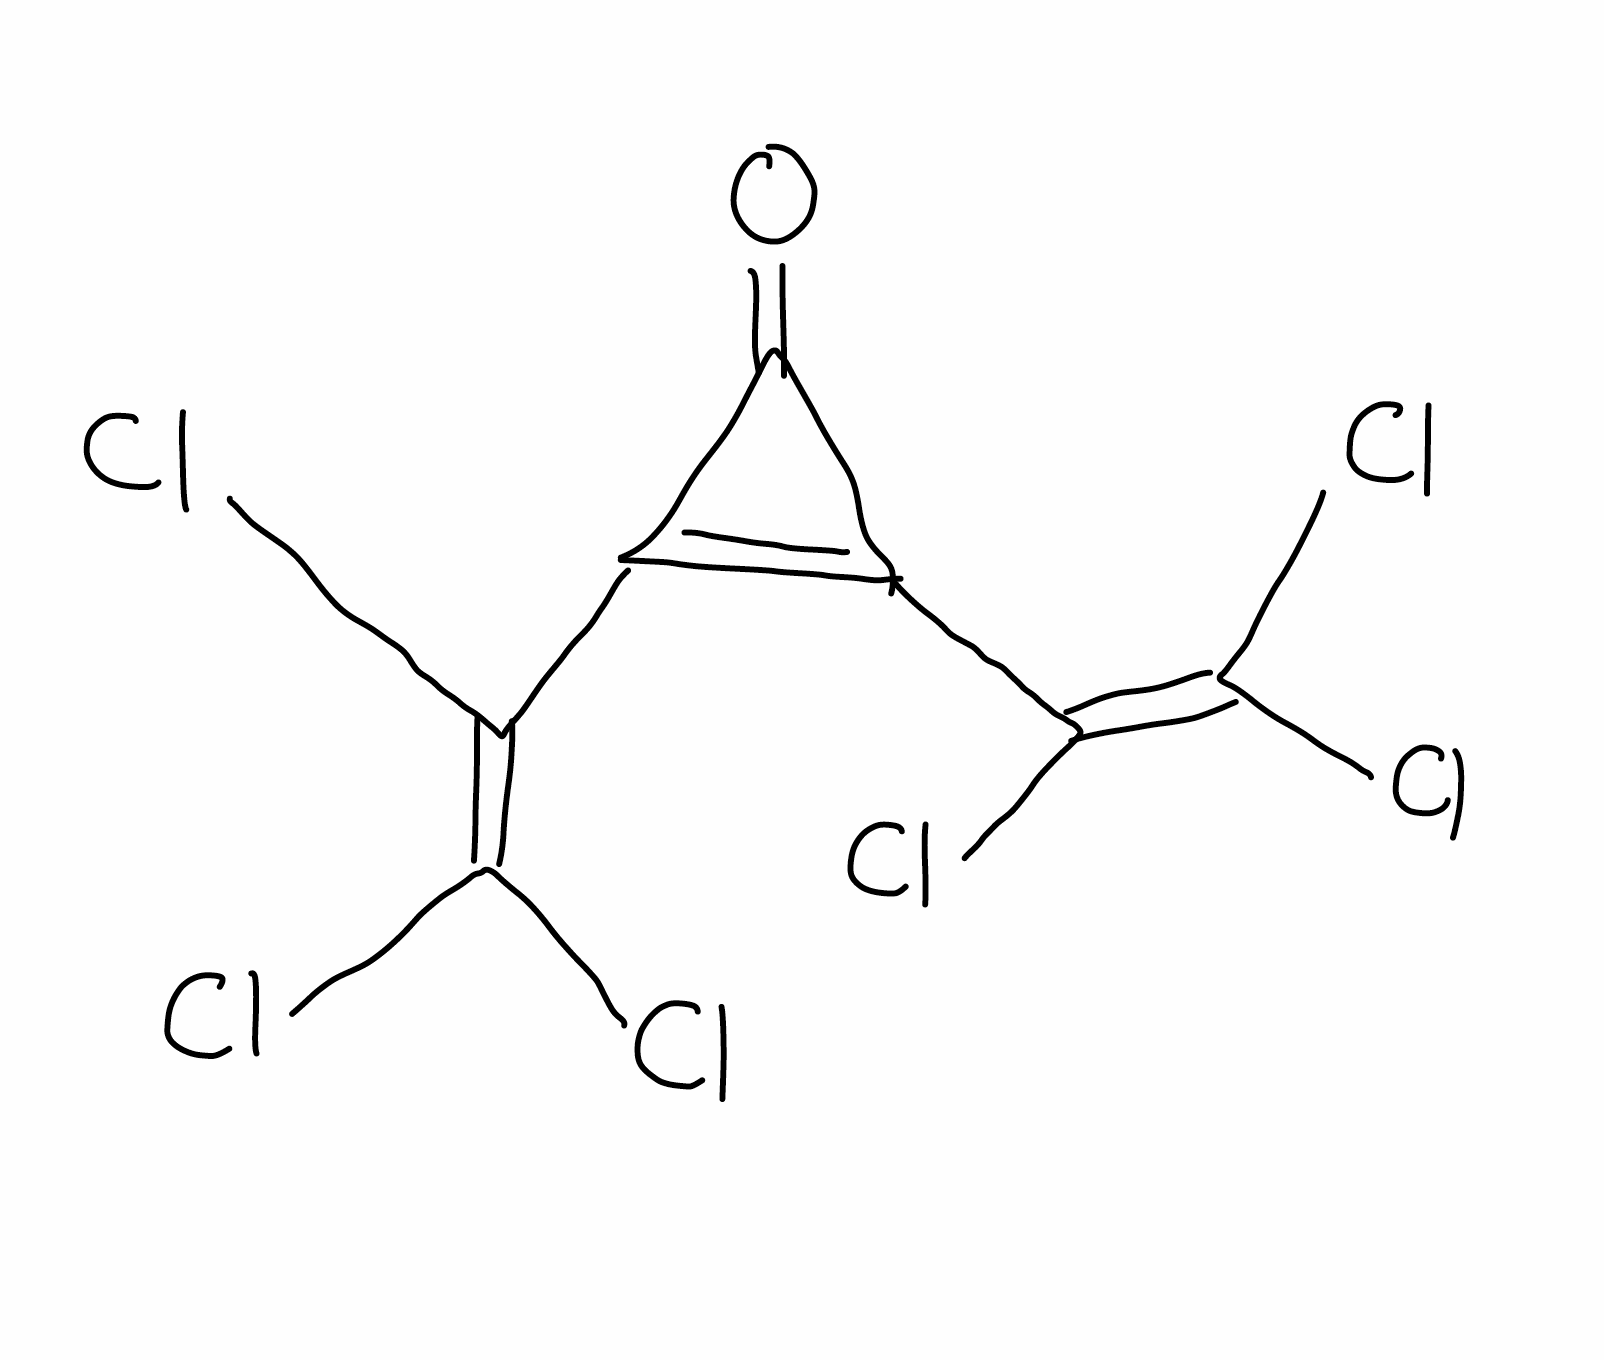
Simplified molecular-input line-entry system (SMILES) notation of the given molecule:
C1(=C(C1=O)C(=C(Cl)Cl)Cl)C(=C(Cl)Cl)Cl